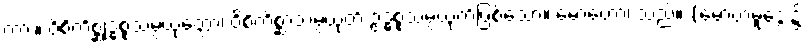
ကား။ ဝိစိကိစ္ဆုဒ္ဓစ္စသမ္ပယုတ္တော၊ ဝိစိကိစ္ဆာသမ္ပယုတ် ဥဒ္ဓစ္စသမ္ပယုတ်ဖြစ်သော။ မောဟော၊ သည်။ (မောဟမူဒွေး၌